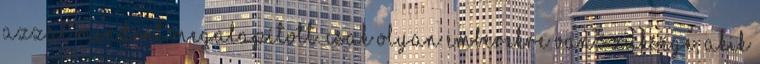
azzal mindent megalapított. Csak olyan emberekre van szüksége, akik